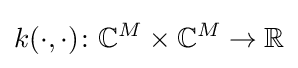
k(\cdot ,\cdot )\colon \mathbb {C} ^{M}\times \mathbb {C} ^{M}\to \mathbb {R}